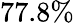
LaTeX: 77.8\%